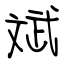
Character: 斌